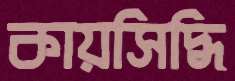
কায়সিদ্ধি